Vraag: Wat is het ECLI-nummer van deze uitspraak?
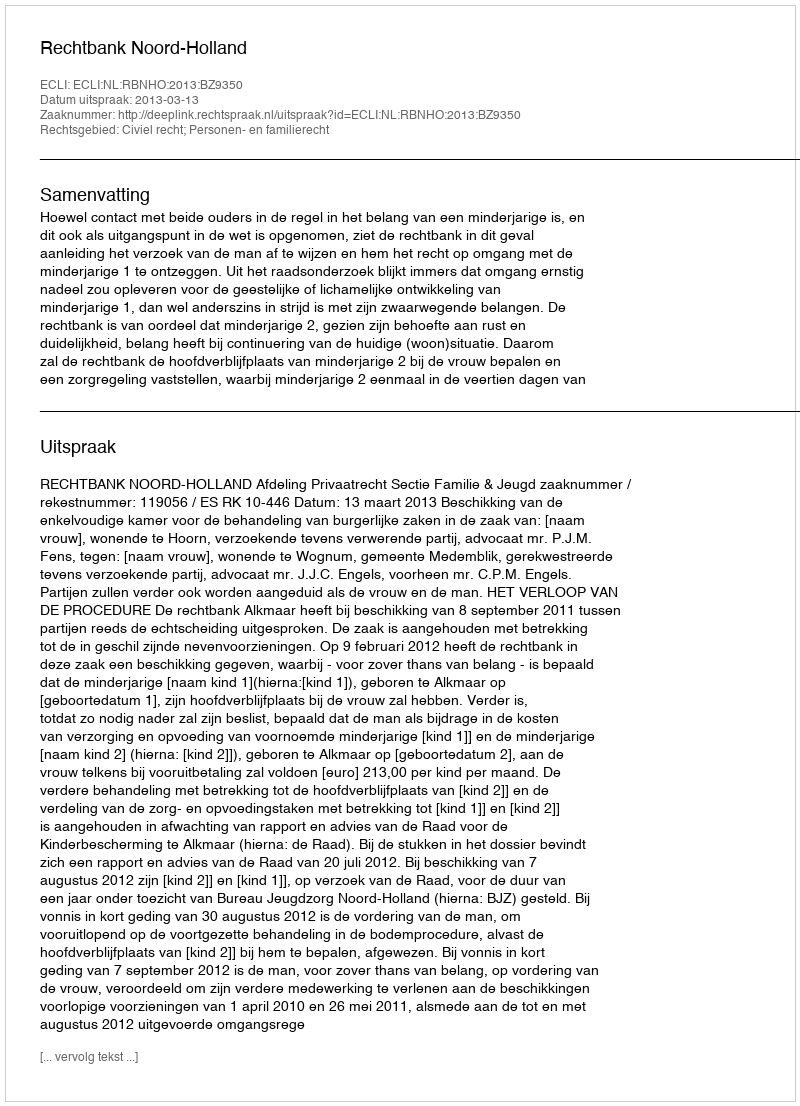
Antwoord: ECLI:NL:RBNHO:2013:BZ9350